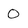
Character: 0